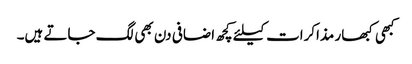
کبھی کبھار مذاکرات کیلئے کچھ اضافی دن بھی لگ جاتے ہیں۔